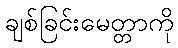
ချစ်ခြင်းမေတ္တာကို